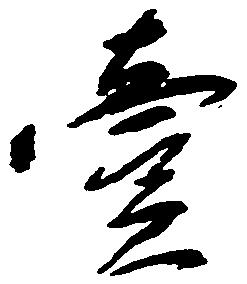
壱